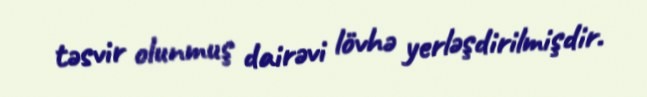
təsvir olunmuş dairəvi lövhə yerləşdirilmişdir.